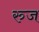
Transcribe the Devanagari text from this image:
रुज